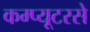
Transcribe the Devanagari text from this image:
कम्प्यूटरसे